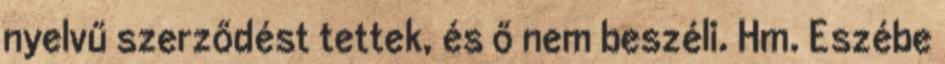
nyelvű szerződést tettek, és ő nem beszéli. Hm. Eszébe